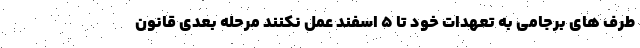
طرف های برجامی به تعهدات خود تا ۵ اسفند عمل نکنند مرحله بعدی قانون